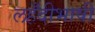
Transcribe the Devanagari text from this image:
लहँदीभाषी